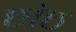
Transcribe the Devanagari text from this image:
छांछ